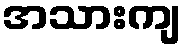
အသားကျ